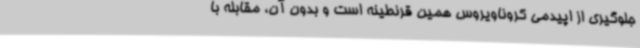
جلوگیری از اپیدمی کروناویروس همین قرنطینه است و بدون آن، مقابله با